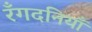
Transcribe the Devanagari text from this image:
रँगदनियाँ